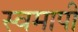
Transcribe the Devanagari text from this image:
स्वमापी